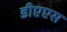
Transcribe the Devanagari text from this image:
डीएएस